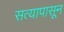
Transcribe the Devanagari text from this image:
सत्यापासून